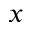
x